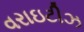
વરાઇટીઝ